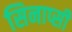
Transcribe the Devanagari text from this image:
सिनाप्सी